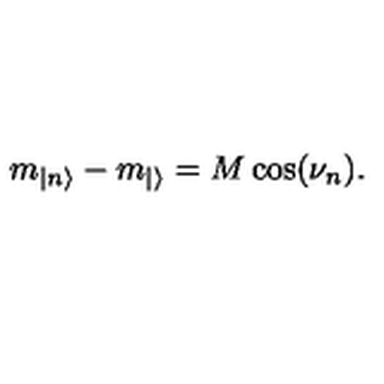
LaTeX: m _ { | n \rangle } - m _ { | \rangle } = M \cos ( \nu _ { n } ) .